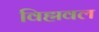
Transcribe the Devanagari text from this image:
विह्मवल